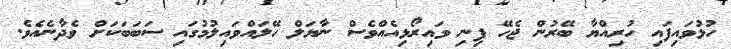
ހުޅުވައިފައި ހުރިއްޔާ ބޭރުން ޖެހޭ ފިނި ވައިރޯޅިއެއްވެސް ނާޔަލް ހޭލައްވައިލުމުގައި ސަބަބަކަށް ވެދާނެއެވެ.